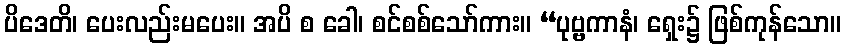
ပိဒေတိ၊ ပေးလည်းမပေး။ အပိ စ ခေါ၊ စင်စစ်သော်ကား။ “ပုဗ္ဗကာနံ၊ ရှေး၌ ဖြစ်ကုန်သော။